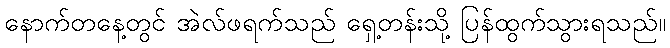
နောက်တနေ့တွင် အဲလ်ဖရက်သည် ရှေ့တန်းသို့ ပြန်ထွက်သွားရသည်။